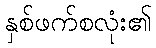
နှစ်ဖက်စလုံး၏